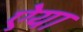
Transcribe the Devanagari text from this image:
ऐया